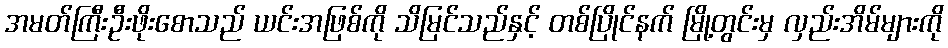
အမတ်ကြီးဦးဖိုးစောသည် ယင်းအဖြစ်ကို သိမြင်သည်နှင့် တစ်ပြိုင်နက် မြို့တွင်းမှ လှည်းအိမ်များကို